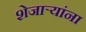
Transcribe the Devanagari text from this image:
शेजाऱ्यांना